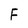
Character: F